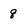
Character: 8